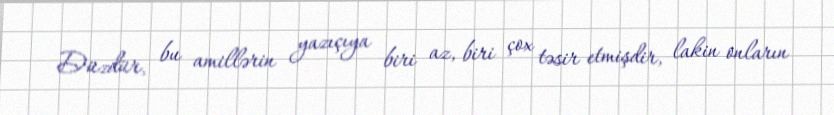
Düzdür, bu amillərin yazıçıya biri az, biri çox təsir etmişdir, lakin onların